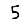
Digit: 5